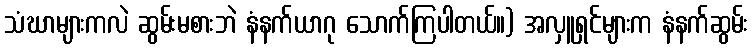
သံဃာများကလဲ ဆွမ်းမစားဘဲ နံနက်ယာဂု သောက်ကြပါတယ်။) အလှူရှင်များက နံနက်ဆွမ်း